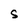
Character: S